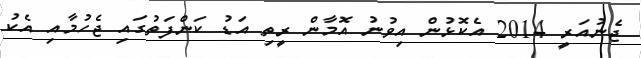
ޖެނުއަރީ 2014 އެކޮޅުން އިވުނު އޮމާން ރީތި އަޑު ކަންފަތުގައި ޖެހުމާއި އެކު